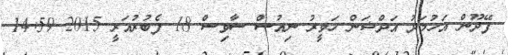
ފޭދޫން އަހުމަދު އަދްޝަން ހަވީރު ނިއުސް ސާވިސް 18 ފެބުރުއަރީ 2015 14:59